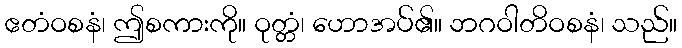
ဧတံဝစနံ၊ ဤစကားကို။ ဝုတ္တံ၊ ဟောအပ်၏။ ဘဂဝါတိဝစနံ၊ သည်။